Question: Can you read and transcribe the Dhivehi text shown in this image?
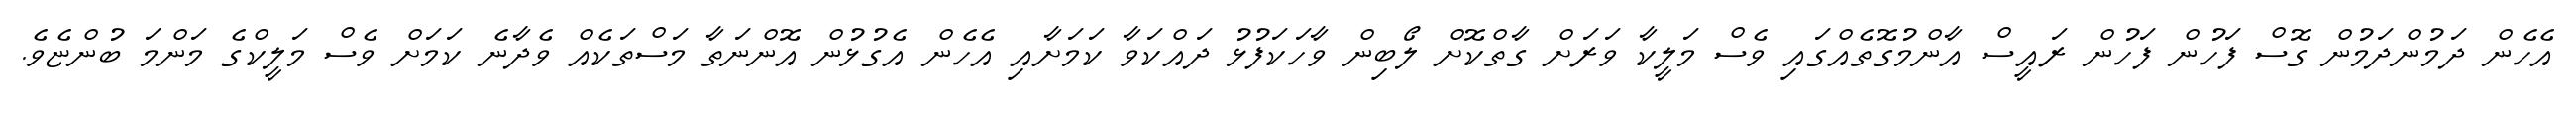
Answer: އެހެން ދަމުންދަމުން ގޮސް ފަހުން ފަހުން ރައީސް އާންމުގޮތެއްގައި ވެސް މަލީކާ ވަރަށް ގާތްކޮށް ލޯބިން ވާހަކަފުޅު ދައްކަވާ ކަމަށާއި އެހެން އެގުޅުން އޮންނަތާ މަސްތަކެއް ވެދާނެ ކަމަށް ވެސް މަލީކްގެ މަންމަ ބުންޏެވެ.